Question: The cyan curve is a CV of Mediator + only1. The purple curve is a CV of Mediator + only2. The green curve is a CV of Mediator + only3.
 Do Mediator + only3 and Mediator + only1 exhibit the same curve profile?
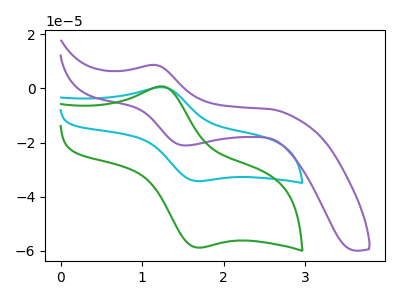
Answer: <think>The cyan curve "Mediator + only1" has an anodic peak at (1.25V, 0.40uA) and a cathodic peak at (1.75V, -34.25uA). The purple curve "Mediator + only2" has an anodic peak at (1.15V, 8.65uA) and a cathodic peak at (1.55V, -21.05uA). The green curve "Mediator + only3" has an anodic peak at (1.25V, 0.65uA) and a cathodic peak at (1.75V, -58.80uA).
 All the peaks in "Mediator + only3" have a peak in "Mediator + only1" at the same potential. Every peak in "Mediator + only3" is higher than every peak in "Mediator + only1".</think>
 <answer>"Mediator + only3" and "Mediator + only1" are similar in shape.</answer>
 <eval>same_shape</eval>